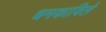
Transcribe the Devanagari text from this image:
धमकाविले